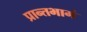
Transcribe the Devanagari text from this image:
प्रान्तभागं